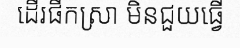
ដើរផឹកស្រា មិនជួយធ្វើ